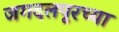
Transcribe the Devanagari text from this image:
जगदलपूरच्या